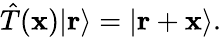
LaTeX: {\hat{T}}(\mathbf{x})|\mathbf{r}\rangle=|\mathbf{r}+\mathbf{x}\rangle.